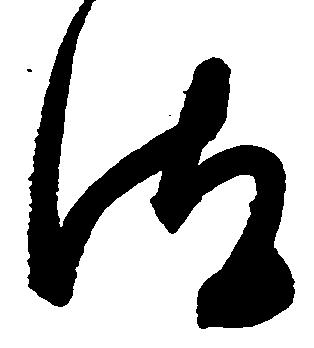
汰